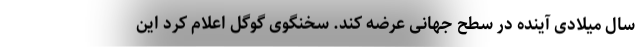
سال میلادی آینده در سطح جهانی عرضه کند. سخنگوی گوگل اعلام کرد این